Scottish Leaving Certificate Examination, 1954
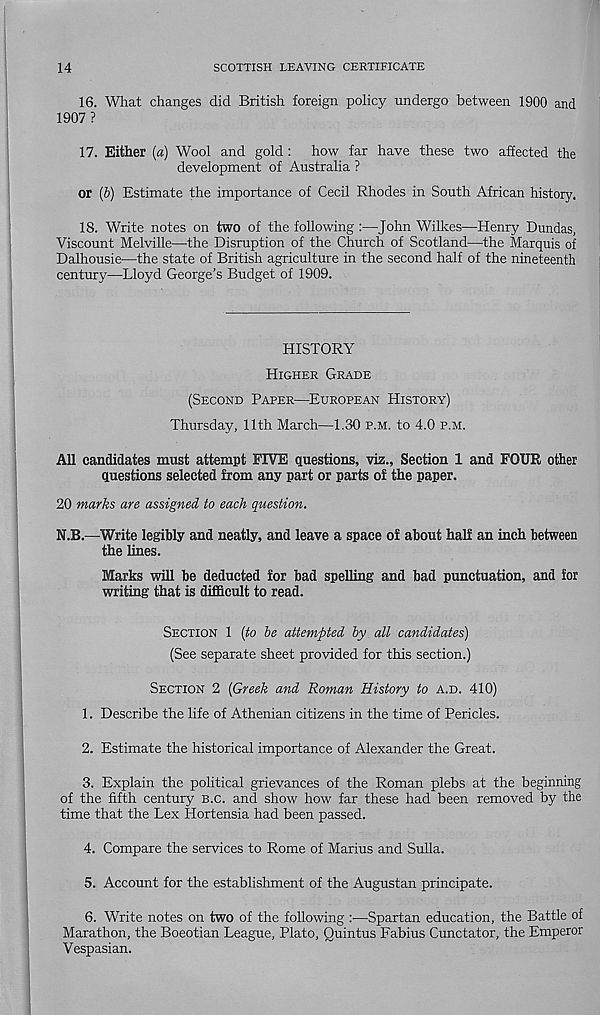
14
SCOTTISH LEAVING CERTIFICATE
16. What changes did British foreign policy undergo between 1900 and
1907?
17. Either (a) Wool and gold : how far have these two affected the
development of Australia ?
or (6) Estimate the importance of Cecil Rhodes in South African history.
18. Write notes on two of the following :—John Wilkes—Henry Dundas,
Viscount Melville—the Disruption of the Church of Scotland—the Marquis of
Dalhousie—the state of British agriculture in the second half of the nineteenth
century—Lloyd George’s Budget of 1909.
HISTORY
HIGHER GRADE
(SECOND PAPER—EUROPEAN HISTORY)
Thursday, 11th March—1.30 P.M. to 4.0 P.M.
All candidates must attempt FIVE questions, viz.. Section 1 and FOUR other
questions selected from any part or parts of the paper.
20 marks are assigned to each question.
N.B.—Write legibly and neatly, and leave a space of about half an inch between
the lines.
Marks will be deducted for bad spelling and bad punctuation, and for
writing that is difficult to read.
SECTION 1 [to he attempted by all candidates)
(See separate sheet provided for this section.)
SECTION 2 [Greek and Roman History to A.D. 410)
1. Describe the life of Athenian citizens in the time of Pericles.
2. Estimate the historical importance of Alexander the Great.
3. Explain the political grievances of the Roman plebs at the beginning
of the fifth century B.C. and show how far these had been removed by the
time that the Lex Hortensia had been passed.
4. Compare the services to Rome of Marius and Sulla.
5. Account for the establishment of the Augustan principate.
6. Write notes on two of the following :—Spartan education, the Battle of
Marathon, the Boeotian League, Plato, Quintus Fabius Cunctator, the Emperor
Vespasian.